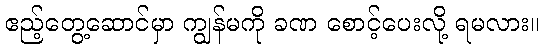
ဧည့်တွေ့ဆောင်မှာ ကျွန်မကို ခဏ စောင့်ပေးလို့ ရမလား။